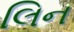
લિન